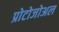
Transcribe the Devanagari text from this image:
प्रोटोजोअल